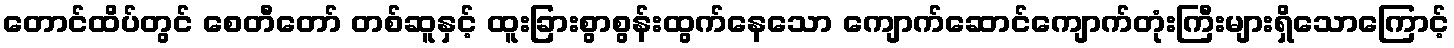
တောင်ထိပ်တွင် စေတီတော် တစ်ဆူနှင့် ထူးခြားစွာစွန်းထွက်နေသော ကျောက်ဆောင်ကျောက်တုံးကြီးများရှိသောကြောင့်